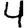
Digit: 4